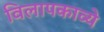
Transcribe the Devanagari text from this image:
विलापकाव्ये